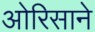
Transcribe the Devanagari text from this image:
ओरिसाने